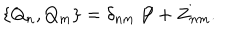
\{ Q _ { n } , Q _ { m } \} = \delta _ { n m } \not \! \! P + Z _ { n m } .